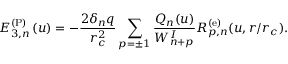
E _ { 3 , n } ^ { \mathrm { ( P ) } } \left( u \right) = - \frac { 2 \delta _ { n } q } { r _ { c } ^ { 2 } } \sum _ { p = \pm 1 } \frac { Q _ { n } ( u ) } { W _ { n + p } ^ { I } } R _ { p , n } ^ { \mathrm { ( e ) } } ( u , r / r _ { c } ) .